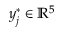
\boldsymbol { y } _ { j } ^ { * } \in \mathbb { R } ^ { 5 }